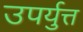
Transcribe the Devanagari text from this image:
उपर्युत्त